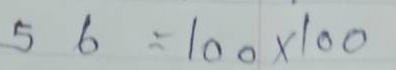
56 = 100 x 100